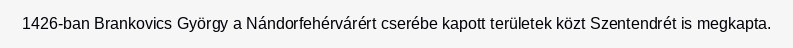
1426-ban Brankovics György a Nándorfehérvárért cserébe kapott területek közt Szentendrét is megkapta.